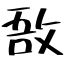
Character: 敔